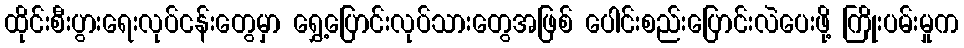
ထိုင်းစီးပွားရေးလုပ်ငန်းတွေမှာ ရွှေ့ပြောင်းလုပ်သားတွေအဖြစ် ပေါင်းစည်းပြောင်းလဲပေးဖို့ ကြိုးပမ်းမှုက